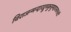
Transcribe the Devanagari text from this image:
विराजन्मन्दारद्रुमकुसुमहारस्तनतटी